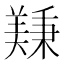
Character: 𫅚